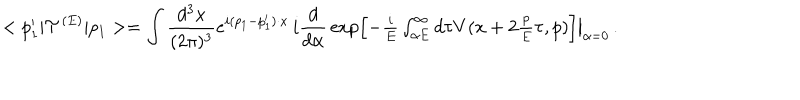
< p _ { 1 } ^ { \prime } | { \cal T } ^ { ( E ) } | p _ { 1 } > = \int \frac { d ^ { 3 } x } { ( 2 \pi ) ^ { 3 } } e ^ { i ( p _ { 1 } - p _ { 1 } ^ { \prime } ) \cdot x } \, i \frac { d } { d \alpha } \, \exp \left[ - \textstyle { \frac { i } { E } } \int _ { \alpha E } ^ { \infty } d \tau V ( x + 2 \textstyle { \frac { p } { E } } \tau , p ) \right] \big | _ { \alpha = 0 } \, .